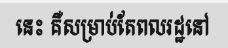
នេះ គឺសម្រាប់តែពលរដ្ឋនៅ